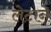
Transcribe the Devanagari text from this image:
लेटाने